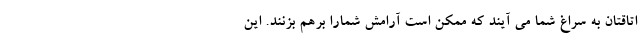
اتاقتان به سراغ شما می آیند که ممکن است آرامش شمارا برهم بزنند. این